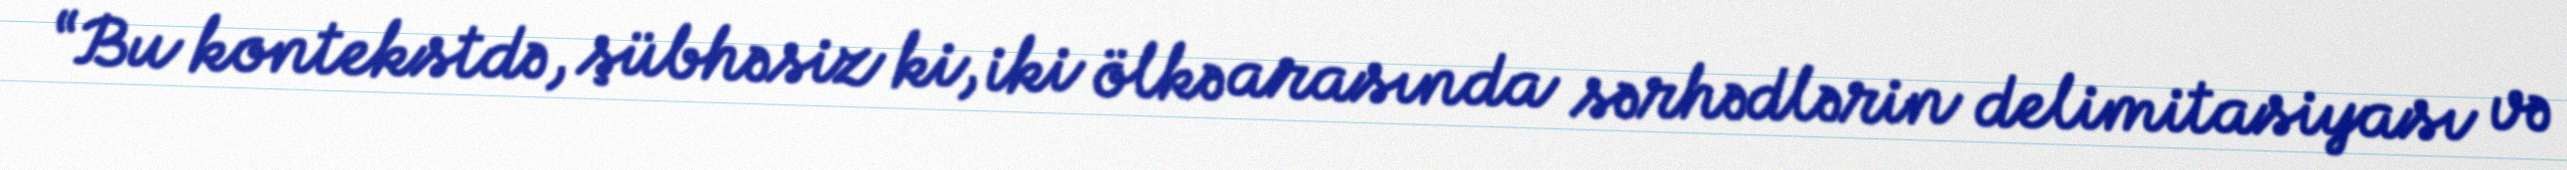
“Bu kontekstdə, şübhəsiz ki, iki ölkə arasında sərhədlərin delimitasiyası və